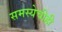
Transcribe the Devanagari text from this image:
समस्येचीही